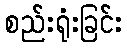
စည်းရုံးခြင်း